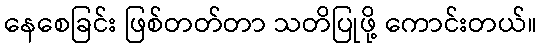
နေစေခြင်း ဖြစ်တတ်တာ သတိပြုဖို့ ကောင်းတယ်။